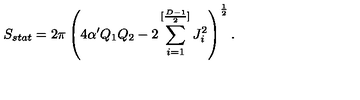
S _ { s t a t } = 2 \pi \left( 4 \alpha ^ { \prime } Q _ { 1 } Q _ { 2 } - 2 \sum _ { i = 1 } ^ { [ { \frac { D - 1 } { 2 } } ] } J _ { i } ^ { 2 } \right) ^ { \frac { 1 } { 2 } } .